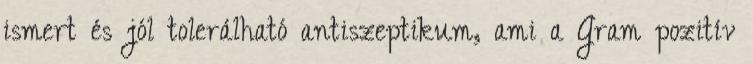
ismert és jól tolerálható antiszeptikum, ami a Gram pozitív